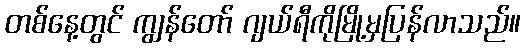
တစ်နေ့တွင် ကျွန်တော် ဂျယ်ရီကိုမြို့မှပြန်လာသည်။